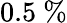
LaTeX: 0.5~\%